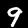
Digit: 9